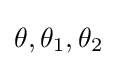
\theta ,\theta _{1},\theta _{2}